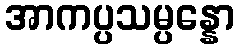
အာကပ္ပသမ္ပန္နော